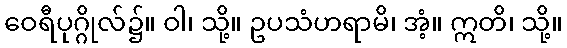
ဝေရီပုဂ္ဂိုလ်၌။ ဝါ၊ သို့။ ဥပသံဟရာမိ၊ အံ့။ ဣတိ၊ သို့။